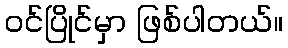
ဝင်ပြိုင်မှာ ဖြစ်ပါတယ်။